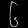
Digit: ၆